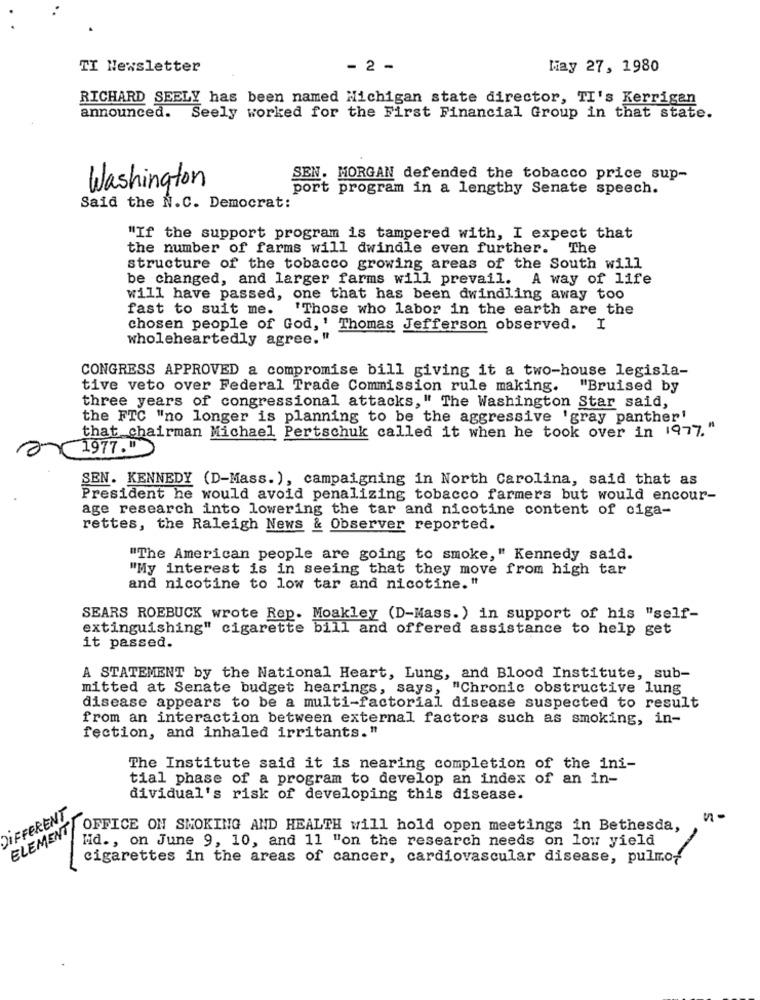
TI Newsletter
- 2 -
May 27, 1980
RICHARD SEELY has been named Michigan state director, TI's Kerrigan
announced.
Seely worked for the First Financial Group in that state.
SEN. MORGAN defended the tobacco price sup-
Washington
port program in a lengthy Senate speech.
Said the N.C. Democrat:
"If the support program is tampered with, I expect that
the number of farms will dwindle even further. The
structure of the tobacco growing areas of the South will
be changed, and larger farms will prevail. A way of life
will have passed, one that has been dwindling away too
"Those who labor in the earth are the
fast to suit me.
chosen people of God, ' Thomas Jefferson observed. I
wholeheartedly agree."
CONGRESS APPROVED a compromise bill giving it a two-house legisla-
tive veto over Federal Trade Commission rule making. "Bruised by
three years of congressional attacks," The Washington Star said,
the FTC "no longer is planning to be the aggressive 'gray panther'
that chairman Michael Pertschuk called it when he took over in 1977."
1977."
SEN. KENNEDY (D-Mass.), campaigning in North Carolina, said that as
President he would avoid penalizing tobacco farmers but would encour-
age research into lowering the tar and nicotine content of ciga-
rettes, the Raleigh News & Observer reported.
"The American people are going to smoke," Kennedy said.
"My interest is in seeing that they move from high tar
and nicotine to low tar and nicotine."
SEARS ROEBUCK wrote Rep. Moakley (D-Mass. ) in support of his "self-
extinguishing" cigarette bill and offered assistance to help get
it passed.
A STATEMENT by the National Heart, Lung, and Blood Institute, sub-
mitted at Senate budget hearings, says,
, "Chronic obstructive lung
disease appears to be a multi-factorial disease suspected to result
from an interaction between external factors such as smoking, in-
fection, and inhaled irritants."
The Institute said it is nearing completion of the ini-
tial phase of a program to develop an index of an in-
dividual's risk of developing this disease.
DIFFERENT
ELEMENT
OFFICE ON SMOKING AND HEALTH will hold open meetings in Bethesda,
Hd ., on June 9, 10, and 11 "on the research needs on low yield
cigarettes in the areas of cancer, cardiovascular disease, pulmo-